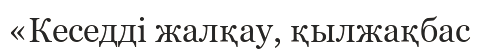
«Кеседді жалқау, қылжақбас